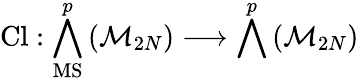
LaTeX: \mathrm{Cl}:\bigwedge_{\mathrm{MS}}^{p}\left({\cal M}_{2N}\right)\longrightarrow\bigwedge^{p}\left({\cal M}_{2N}\right)